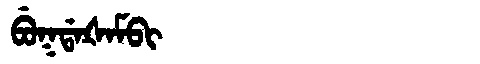
Manchu: ᠪᡠᡴᡩᠠᡧᠠᠮᠪᡳ
Romanization: BUKDAŠAMBI